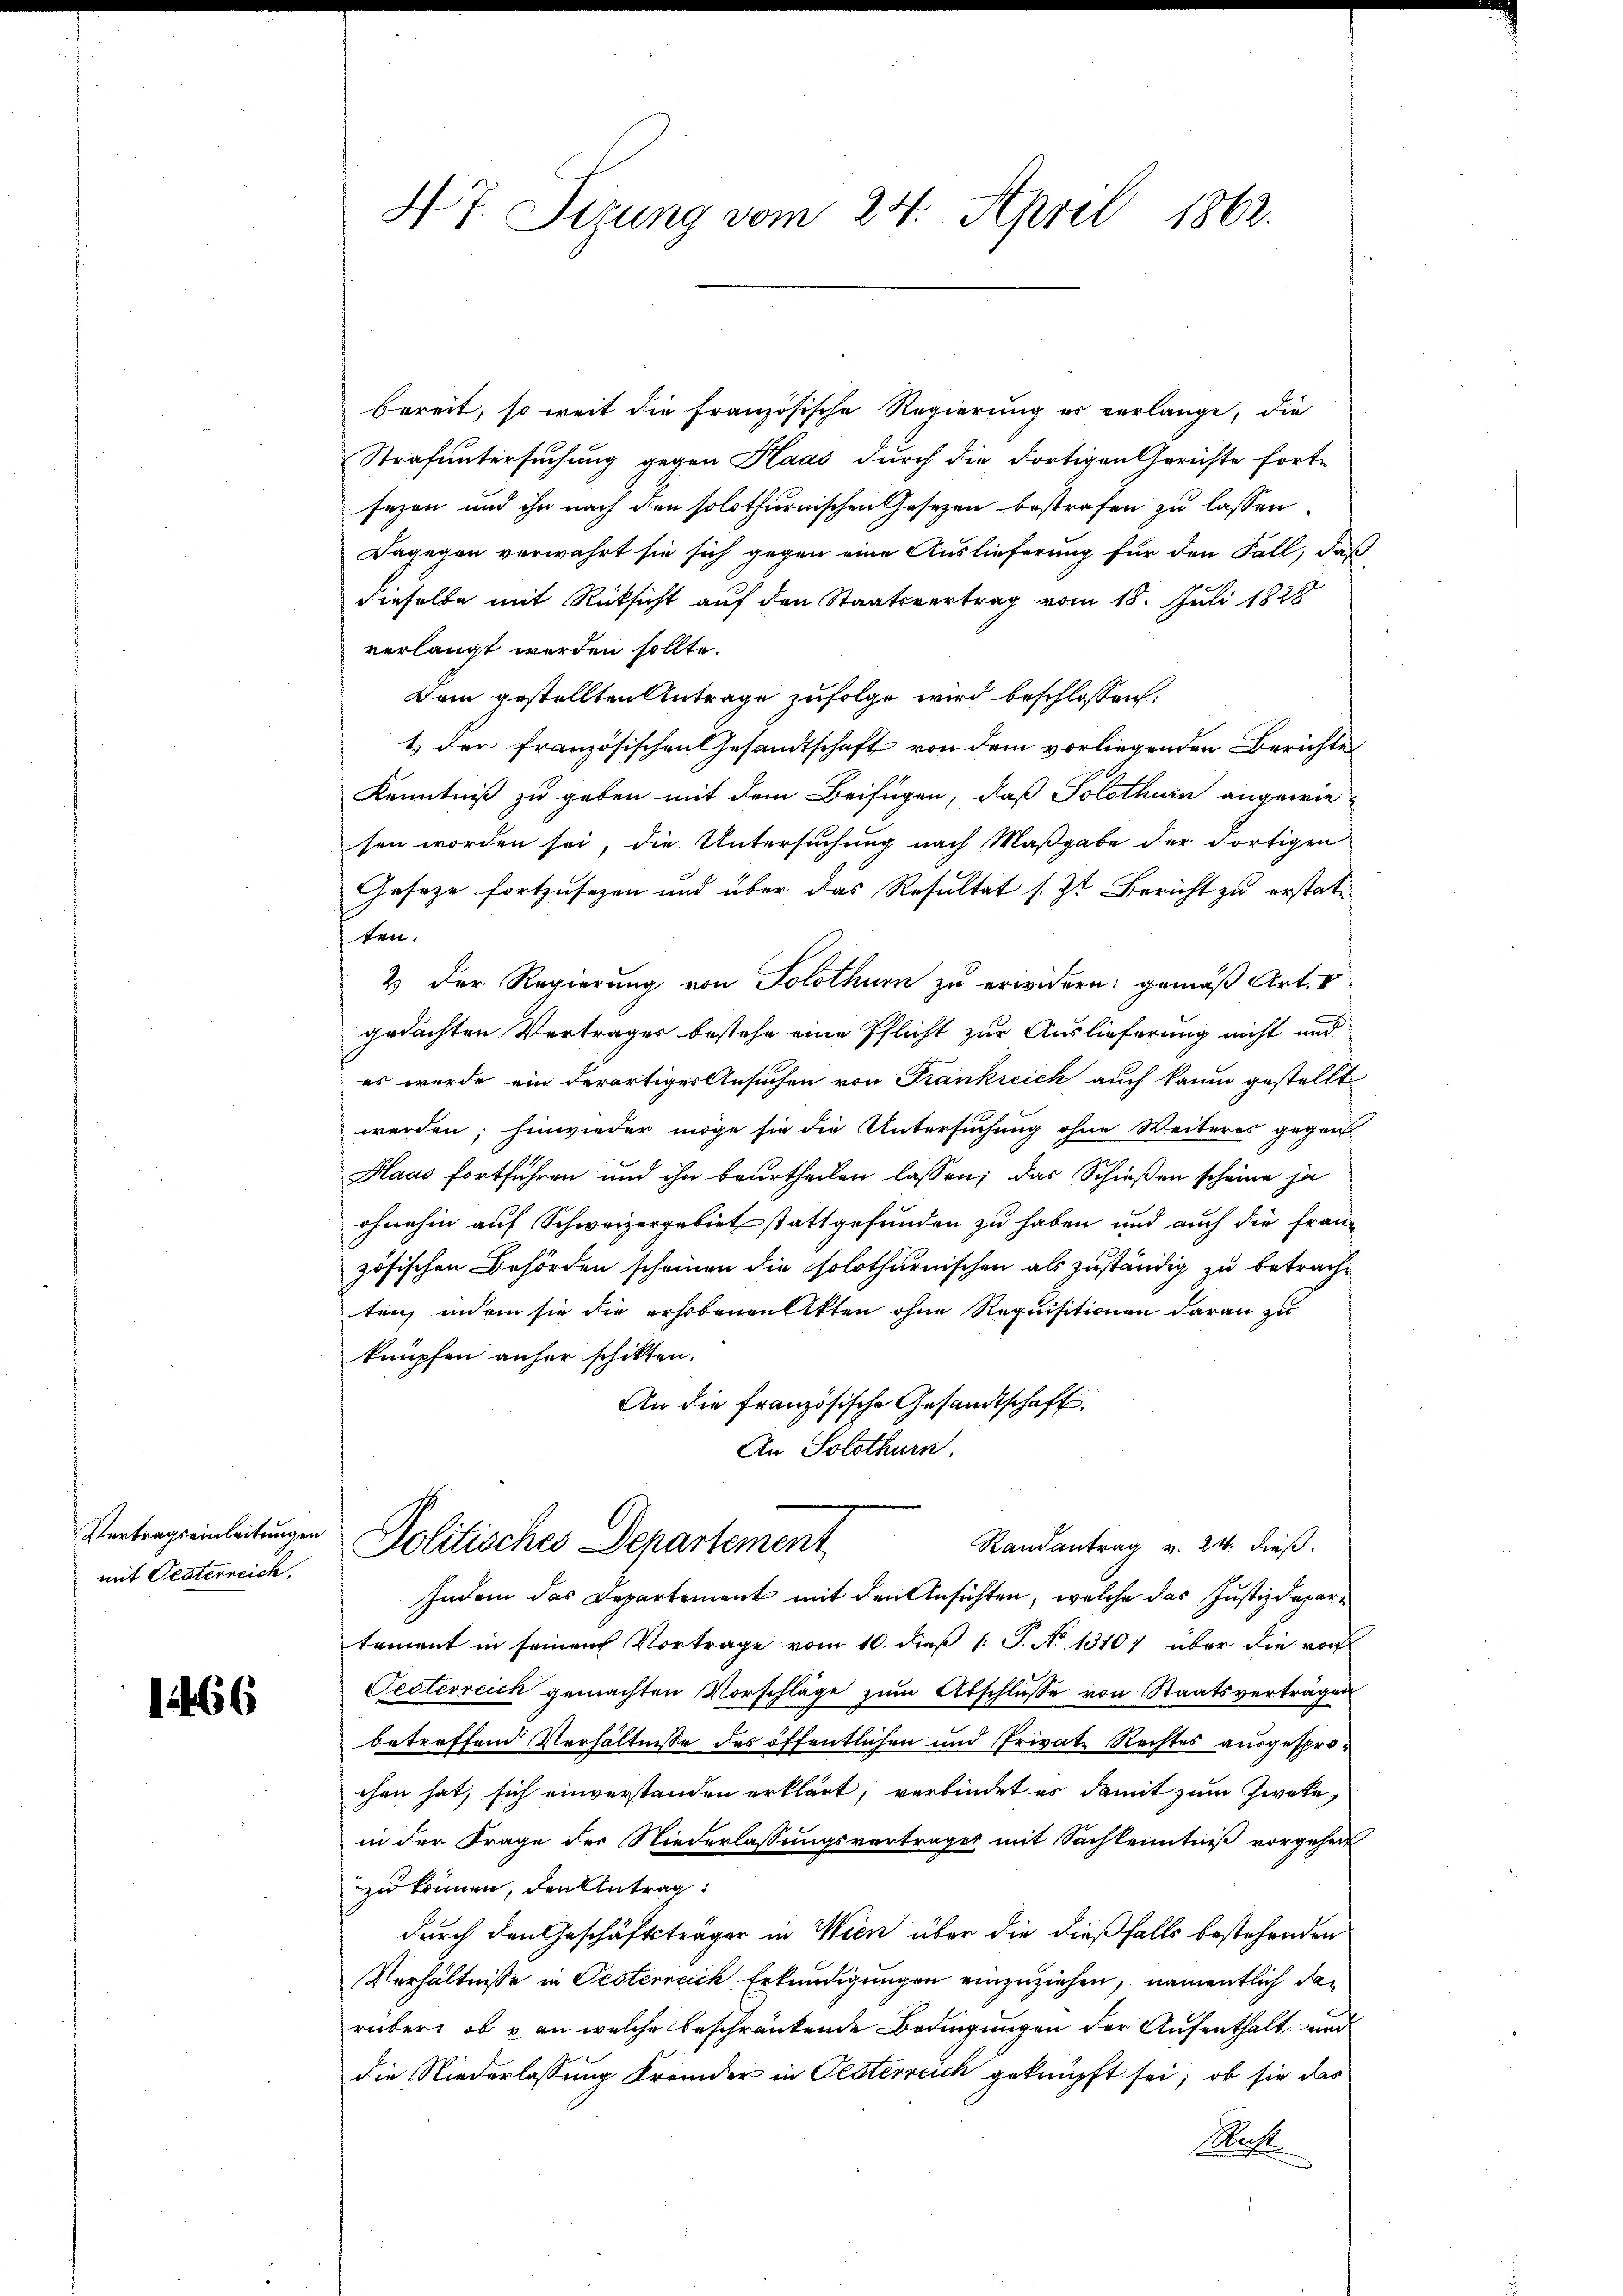
mit Oesterreich.

1466

47. Sizung vom 24. April 1862.

bereit, so weit die Französische Regierung es verlange, die
Strafuntersuchung gegen Haas durch die dortigen Gerichte fort-
sezen und ihn nach den solothurnischen Gesetzen bestrafen zu lassen.
Dagegen verwahrt sie sich gegen eine Auslieferung für den Fall, daß
dieselbe mit Rücksicht auf den Staatsvertrag vom 18. Juli 1828
verlangt werden sollte.
Dam gestellten Antrage zufolge wird beschlossen:
1) der französischen Gesandtschaft von dem vorliegenden Berichtes
Kenntniß zu geben mit dem Beifügen, daß Solothurn angewie-
sen worden sei, die Untersuchung nach Maßgabe der Fortigen
Gesetze fortzusehen und über das Resultat s. Zt. Bericht zu erstat-
ten.
2 der Regierung von Solothurn zu erwidern: gemäß Art. V
gedachten Vertrages bestehe eine Pflicht zur Auslieferung nicht und
es wurde ein derartiger Ansuchen von Frankreich auch kaum gestellt
werden; hinwieder möge sie die Untersuchung ohne Weiteres gegen
Haas fortführen und ihn beurtheilen lassen; das Schießen scheine ja
ohnehin auf Schweizergebiet stattgefunden zu haben und auch die fran-
zösischen Behörden scheinen die solothurnischen als zuständig zu betracht
ten, indem sie die erhobenen Akten ohne Requisitionen daran zu
knüpfen anher schikten.
An die französische Gesandtschaft.
An Solothurn.
Vertragseinleitŭngen Politisches Departement
Randantrag v. 24. dieß.
Indem das Departement mit den Ansichten, welche das Justizdepari
tement in seinem Vortrage vom 10. dieβ 1: P. Nr. 1310; über die vor
Pesterreich gemachten Vorschläge zŭm Abschlŭsse von Staatsvertragen
betreffend Verhältnisse des öffentlichen und Private Rechtes ausgesprochen hat, sich einverstanden erklärt, verbindet es damit zum Zweke,
in der Frage des Niederlassungsvertrages mit Sachkenntniß vorgehen
zu können, den Antrag
durch den Geschäftsträger in Wien über die dießfalls bestehenden
Verhältnisse in Pesterreich Erkundigungen einzuziehen, namentlich darüber, ob u. an welche beschränkende Bedingungen der Aufenthalt und
die Niederlassung Fremder in Oesterreich geknüpft sei, ob sie das
Pest